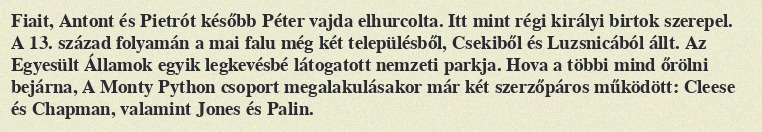
Fiait, Antont és Pietrót később Péter vajda elhurcolta. Itt mint régi királyi birtok szerepel. A 13. század folyamán a mai falu még két településből, Csekiből és Luzsnicából állt. Az Egyesült Államok egyik legkevésbé látogatott nemzeti parkja. Hova a többi mind őrölni bejárna, A Monty Python csoport megalakulásakor már két szerzőpáros működött: Cleese és Chapman, valamint Jones és Palin.